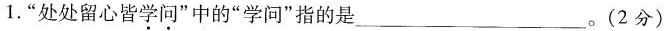
1. ”处处留心皆学问”中的”学问”指的是___。(2分)